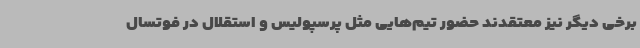
برخی دیگر نیز معتقدند حضور تیم‌هایی مثل پرسپولیس و استقلال در فوتسال